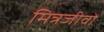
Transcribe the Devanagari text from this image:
मित्रजीवों